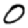
Digit: 0